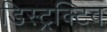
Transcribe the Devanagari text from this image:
डिस्ट्रक्टिव